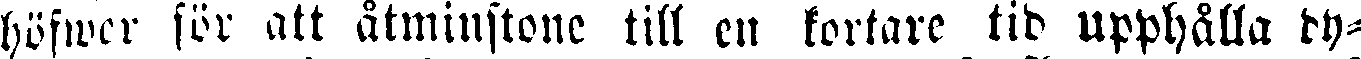
höfwer för att åtminstone till en kortare tid upphålla dy-